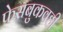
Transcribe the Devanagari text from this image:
फेसबुकवही